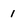
Character: 1